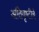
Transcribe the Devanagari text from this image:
अतिवृष्टीचे